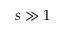
s \gg 1